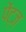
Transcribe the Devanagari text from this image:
पेंट्ज़